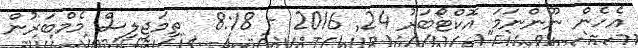
އެހެން ނޫންނަމަ އޮކްޓޯބަރު 24